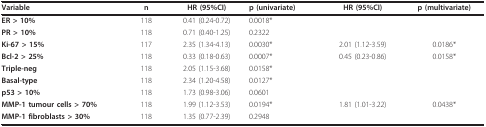
<table><thead><tr><td><b>Variable</b></td><td><b>n</b></td><td><b>HR (95%CI)</b></td><td><b>p (univariate)</b></td><td><b>HR (95%CI)</b></td><td><b>p (multivariate)</b></td></tr></thead><tbody><tr><td><b>ER &gt; 10%</b></td><td>118</td><td>0.41 (0.24-0.72)</td><td>0.0018*</td><td></td><td></td></tr><tr><td><b>PR &gt; 10%</b></td><td>118</td><td>0.71 (0.40-1.25)</td><td>0.2322 </td><td></td><td></td></tr><tr><td><b>Ki-67 &gt; 15%</b></td><td>117</td><td>2.35 (1.34-4.13)</td><td>0.0030*</td><td>2.01 (1.12-3.59)</td><td>0.0186*</td></tr><tr><td><b>Bcl-2 &gt; 25%</b></td><td>118</td><td>0.33 (0.18-0.63)</td><td>0.0007*</td><td>0.45 (0.23-0.86)</td><td>0.0158*</td></tr><tr><td><b>Triple-neg</b></td><td>118</td><td>2.05 (1.15-3.68)</td><td>0.0158*</td><td></td><td></td></tr><tr><td><b>Basal-type</b></td><td>118</td><td>2.34 (1.20-4.58)</td><td>0.0127*</td><td></td><td></td></tr><tr><td><b>p53 &gt; 10%</b></td><td>118</td><td>1.73 (0.98-3.06)</td><td>0.0601</td><td></td><td></td></tr><tr><td><b>MMP-1 tumour cells &gt; 70%</b></td><td>118</td><td>1.99 (1.12-3.53)</td><td>0.0194*</td><td>1.81 (1.01-3.22)</td><td>0.0438*</td></tr><tr><td><b>MMP-1 fibroblasts &gt; 30%</b></td><td>118</td><td>1.35 (0.77-2.39)</td><td>0.2948</td><td></td><td></td></tr></tbody></table>